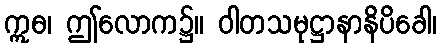
ဣဓ၊ ဤလောက၌။ ဝါတသမုဋ္ဌာနာနိပိခေါ၊